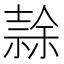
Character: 𭐘